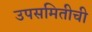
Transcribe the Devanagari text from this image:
उपसमितीची